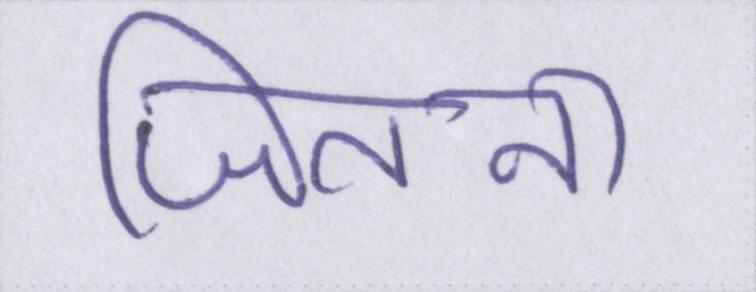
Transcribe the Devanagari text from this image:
जितना